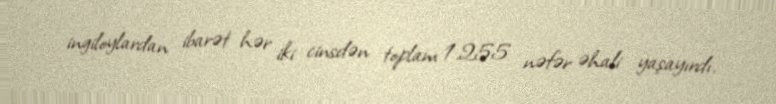
ingiloylardan ibarət hər iki cinsdən toplam 1.255 nəfər əhali yaşayırdı.